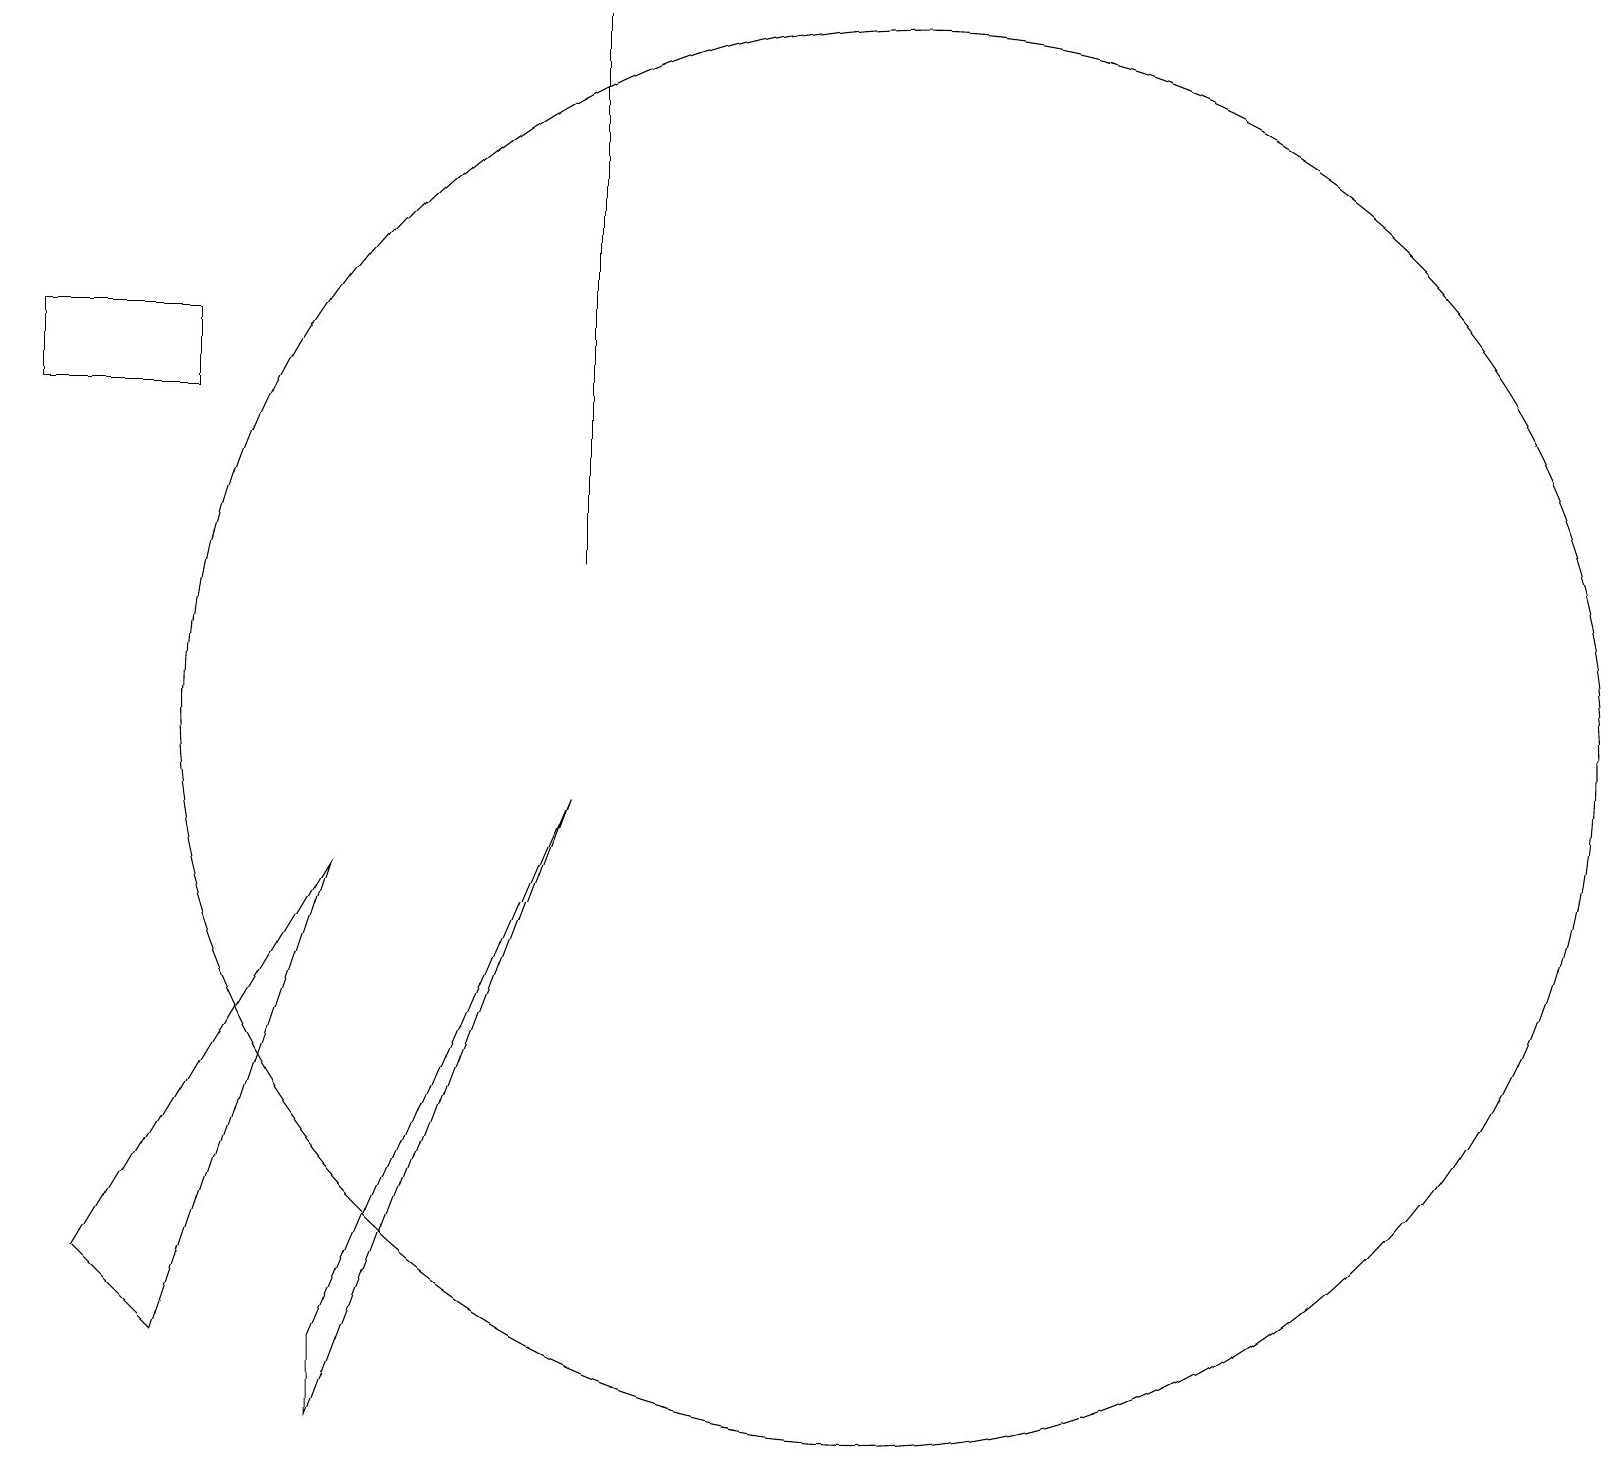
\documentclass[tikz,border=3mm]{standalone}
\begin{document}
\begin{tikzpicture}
\draw (3,15) rectangle (1,14);
\draw (2,3) -- (5,8) -- (3,2) -- cycle;
\draw (5,1) -- (8,9) -- (5,2) -- cycle;
\draw (12,10) circle (9);
\draw (8,12) rectangle (8,19);
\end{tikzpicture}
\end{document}